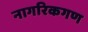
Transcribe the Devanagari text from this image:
नागरिकगण